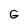
Character: G